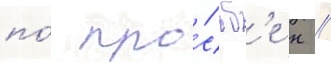
по́ про́сьб'е н //